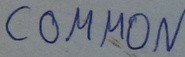
Text: COMMON